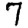
Digit: 7